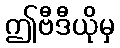
ဤဗီဒီယိုမှ